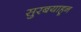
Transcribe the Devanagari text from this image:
सुरबयाहून